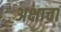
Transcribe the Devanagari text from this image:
अक्षाचा